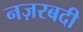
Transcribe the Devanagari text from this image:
नज़रबदी